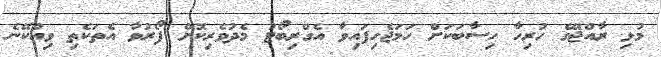
މުޅި ރާއްޖޭގެ ހުރިހާ ހިސާބަކަށް ހަމަޖެހިފައިވާ އެގްރިބޯޓު މެދުވެރިކޮށް ފޯރުވާ އެތަކެތި ވިއްކޭނެ